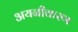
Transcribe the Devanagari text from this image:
अयनीकरण